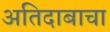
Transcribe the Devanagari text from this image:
अतिदाबाचा